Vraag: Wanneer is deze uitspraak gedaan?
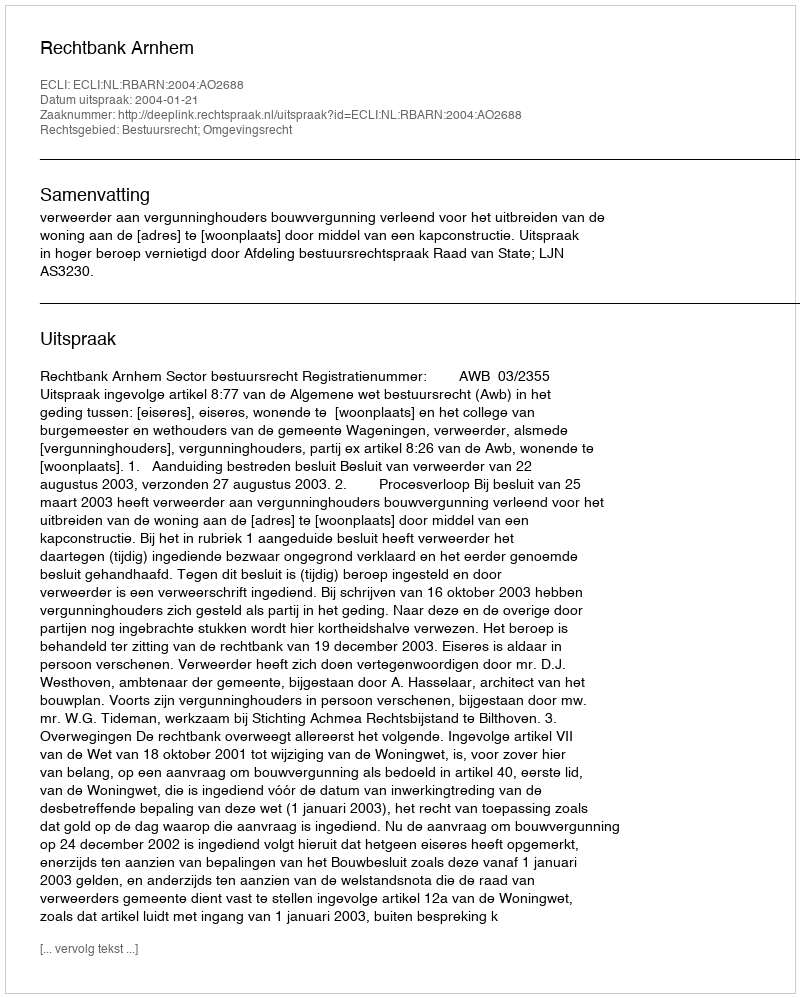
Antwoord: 2004-01-21